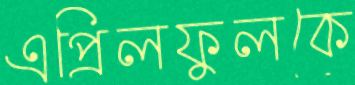
এপ্রিলফুলকে